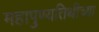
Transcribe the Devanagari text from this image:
महापुण्यतिथीच्या